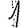
Digit: 1